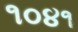
૧૦૪૧